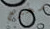
محرج